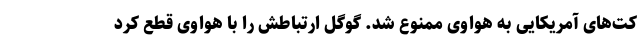
کت‌های آمریکایی به هواوی ممنوع شد. گوگل ارتباطش را با هواوی قطع کرد